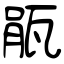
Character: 瓹